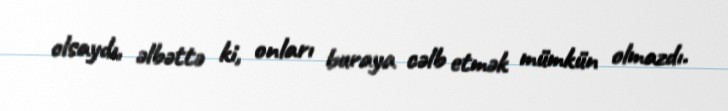
olsaydı, əlbəttə ki, onları buraya cəlb etmək mümkün olmazdı.